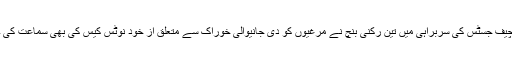
چیف جسٹس کی سربراہی میں تین رکنی بنچ نے مرغیوں کو دی جانیوالی خوراک سے متعلق از خود نوٹس کیس کی بھی سماعت کی ۔